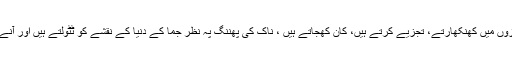
کافوری سروں والے بڈھے، چشمے چمکاتے، بلغمی آوازوں میں کھنکھارتے، تجزیے کرتے ہیں، کان کھجاتے ہیں ، ناک کی پھننگ پہ نظر جما کے دنیا کے نقشے کو ٹٹولتے ہیں اور آنے والے وقت میں نظریں گاڑ کے پیش گوئیاں کرتے ہیں ۔